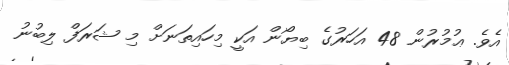
އެވެ. ޢުމުރުން 48 އަހަރުގެ ބިޔޯން އަކީ މިހައިތަނަށް މި ޝަރަފް ލިބުނު